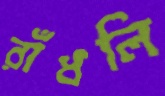
রাঁধলি